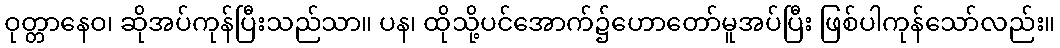
ဝုတ္တာနေဝ၊ ဆိုအပ်ကုန်ပြီးသည်သာ။ ပန၊ ထိုသို့ပင်အောက်၌ဟောတော်မူအပ်ပြီး ဖြစ်ပါကုန်သော်လည်း။